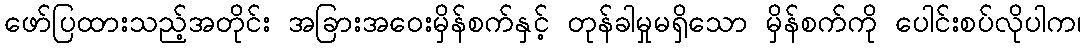
ဖော်ပြထားသည့်အတိုင်း အခြားအဝေးမှိန်စက်နှင့် တုန်ခါမှုမရှိသော မှိန်စက်ကို ပေါင်းစပ်လိုပါက၊